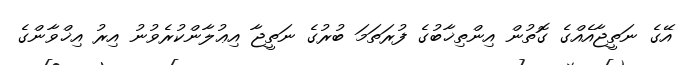
އޭގެ ނަތީޖާއެއްގެ ގޮތުން އިންތިޚާބުގެ ފުރަތަމަ ބުރުގެ ނަތީޖާ އިޢުލާންކުރެވުނު އިރު އިޚްވާންގެ